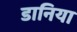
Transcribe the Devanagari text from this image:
डानिया